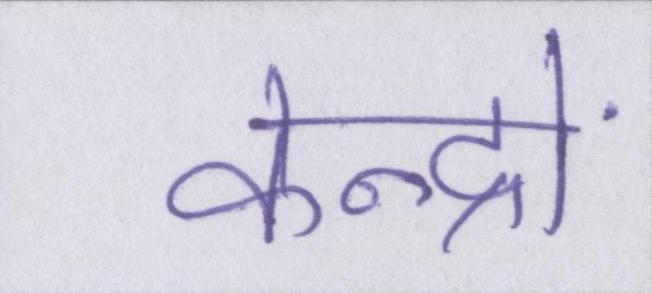
केन्द्रों